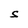
Character: S